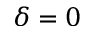
\delta = 0